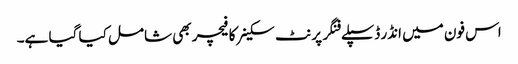
اس فون میں انڈر ڈسپلے فنگر پرنٹ سکینر کا فیچر بھی شامل کیا گیا ہے۔